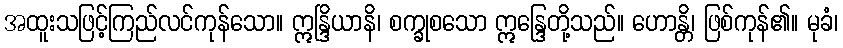
အထူးသဖြင့်ကြည်လင်ကုန်သော။ ဣန္ဒြိယာနိ၊ စက္ခုစသော ဣန္ဒြေတို့သည်။ ဟောန္တိ၊ ဖြစ်ကုန်၏။ မုခံ၊